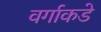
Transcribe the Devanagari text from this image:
वर्गाकडे